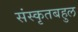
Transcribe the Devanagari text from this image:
संस्कृतबहुल